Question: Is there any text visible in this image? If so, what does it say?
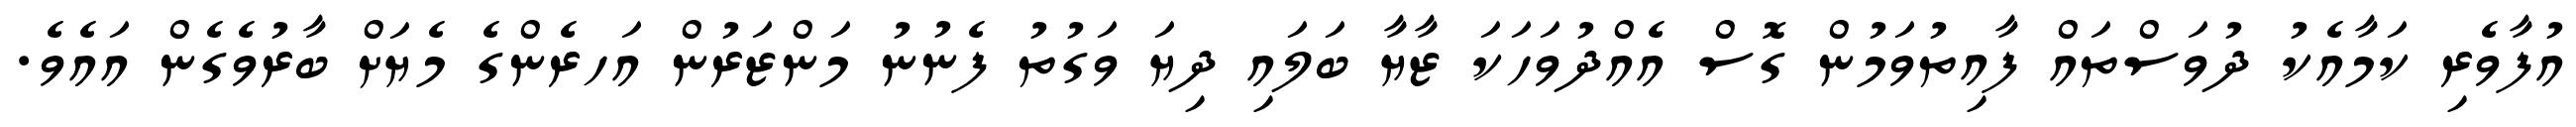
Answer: އުފާވެރި ކަމާއެކު ދުވަސްތައް ފާއިތުވަމުން ގޮސް އެއްދުވަހަކަ ޒާޔާ ބަލައި ދިޔަ ވަގުތު ފެނުނު މަންޒަރުން އަހރެންގެ މެޔަށް ބާރުވެގެން އައެވެ.